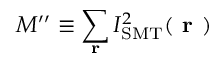
M ^ { \prime \prime } \equiv \sum _ { \textbf { r } } I _ { \mathrm { S M T } } ^ { 2 } ( \textbf { r } )